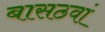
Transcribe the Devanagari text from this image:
बासठवां